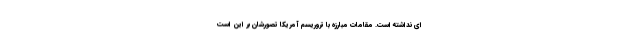
ای نداشته است. مقامات مبارزه با تروریسم آمریکا تصورشان بر این است